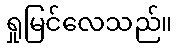
ရှုမြင်လေသည်။